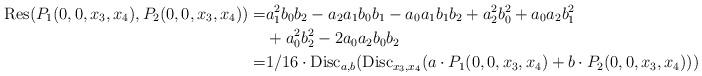
LaTeX: \begin{align*}\operatorname{Res}(P_1(0, 0, x_{3}, x_{4}), P_2(0, 0, x_{3}, x_{4})) =& a_1^2 b_0 b_2-a_2 a_1 b_0 b_1-a_0 a_1 b_1 b_2 +a_2^2 b_0^2+a_0 a_2 b_1^2 \\& +a_0^2 b_2^2-2 a_0 a_2 b_0 b_2 \\=& 1/16 \cdot \operatorname{Disc}_{a,b}(\operatorname{Disc}_{x_{3},x_{4}}( a \cdot P_{1}(0, 0, x_{3}, x_{4})+ b \cdot P_{2}(0, 0, x_{3}, x_{4}))).\end{align*}